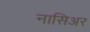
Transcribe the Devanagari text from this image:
नासिअर